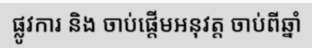
ផ្លូវការ និង ចាប់ផ្តើមអនុវត្ត ចាប់ពីឆ្នាំ